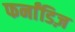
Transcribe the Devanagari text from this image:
फर्नांडिज़